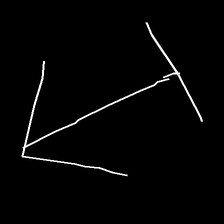
Glyph: levitation